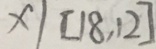
x \vert [ 1 8 . 1 2 ]